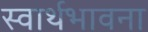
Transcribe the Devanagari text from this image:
स्वार्थभावना